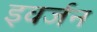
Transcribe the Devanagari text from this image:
इवर्जन